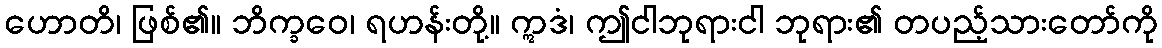
ဟောတိ၊ ဖြစ်၏။ ဘိက္ခဝေ၊ ရဟန်းတို့။ ဣဒံ၊ ဤငါဘုရားငါ ဘုရား၏ တပည့်သားတော်ကို